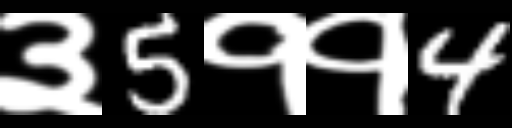
Text: ३5११4